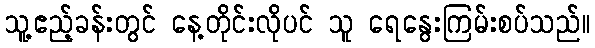
သူ့ဧည့်ခန်းတွင် နေ့တိုင်းလိုပင် သူ ရေနွေးကြမ်းစပ်သည်။